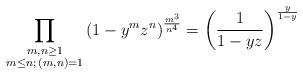
LaTeX: \begin{align*} \prod_{\substack{m,n \geq 1 \\ m \leq n ; \, (m,n)=1}} \left( 1- y^m z^n \right)^{\frac{m^3 }{n^4}} = \left(\frac{1}{1-yz} \right)^{\frac{y}{1-y}} \end{align*}